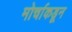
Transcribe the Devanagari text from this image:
मोर्चाकडून